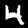
Digit: 4